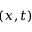
( x , t )